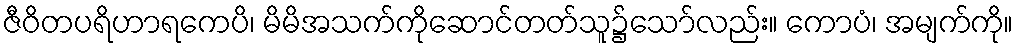
ဇီဝိတပရိဟာရကေပိ၊ မိမိအသက်ကိုဆောင်တတ်သူ၌သော်လည်း။ ကောပံ၊ အမျက်ကို။